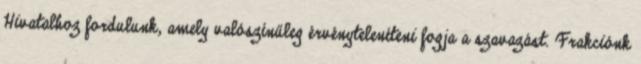
Hivatalhoz fordulunk, amely valószínűleg érvényteleníteni fogja a szavazást. Frakciónk